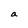
Character: a